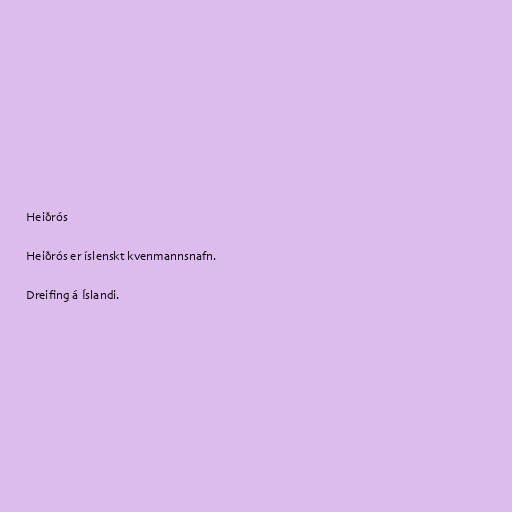
Heiðrós

Heiðrós er íslenskt kvenmannsnafn.

Dreifing á Íslandi.